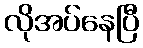
လိုအပ်နေပြီ